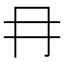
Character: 冄